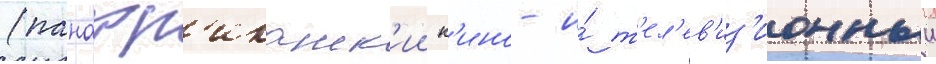
(панафр'иканск'ии к'ино- и́ т'ел'ев'из'ионныи